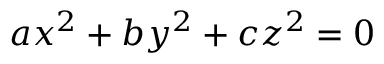
a x ^ { 2 } + b y ^ { 2 } + c z ^ { 2 } = 0